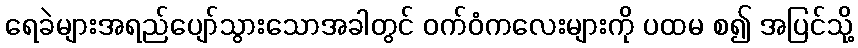
ရေခဲများအရည်ပျော်သွားသောအခါတွင် ဝက်ဝံကလေးများကို ပထမ စ၍ အပြင်သို့